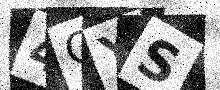
Text: 4OYS